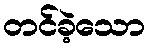
တင်ခဲ့သော